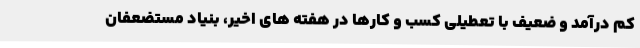
کم درآمد و ضعیف با تعطیلی کسب و کارها در هفته های اخیر، بنیاد مستضعفان